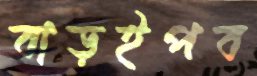
বাড়ইপব